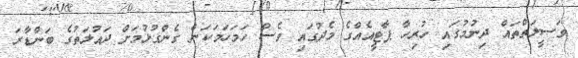
ވަސީލަތްތައް ދިނުމުގައި ހުރިހާ ޕާޓީއެއްގެ މެދުގައި ވެސް ހަމަހަމަކަން ގެންގުޅުމަށް ދައުލަތުގެ ބަންޑާރަ